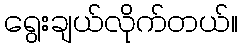
ရွေးချယ်လိုက်တယ်။